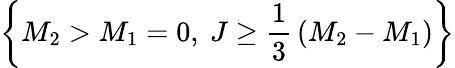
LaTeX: \left\{ M_{2}>M_{1}=0,~J\ge{\frac{1}{3}}\left(M_{2}-M_{1}\right)\right\}